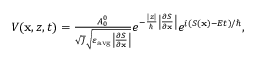
\begin{array} { r } { V ( \mathbf { x } , z , t ) = \frac { A _ { 0 } ^ { 0 } } { \sqrt { J } \sqrt { \varepsilon _ { \mathrm { a v g } } \left| \frac { \partial S } { \partial \mathbf { x } } \right| } } e ^ { - \frac { | z | } { \hbar } \left| \frac { \partial S } { \partial \mathbf { x } } \right| } e ^ { i ( S ( \mathbf { x } ) - E t ) / \hbar } , } \end{array}